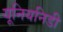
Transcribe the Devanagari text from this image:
यूनियनिडी